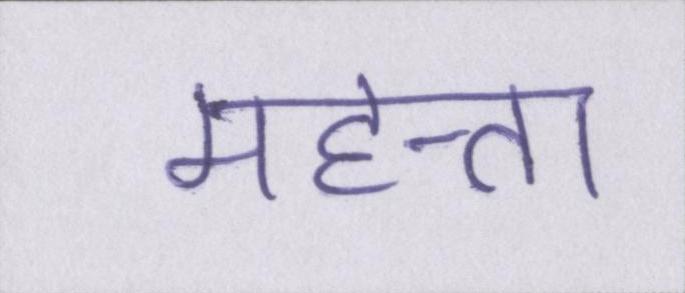
महत्ता